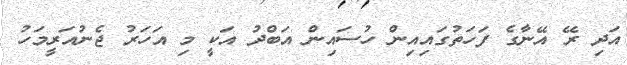
އަދި ރޭ އޭނާގެ ފަހަތުގައިއިން ހުސައިން އަބްދު އަކީ މި އަހަރު ޖެނުއަރީމަހު